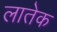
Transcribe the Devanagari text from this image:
लातेक